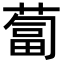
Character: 蔔